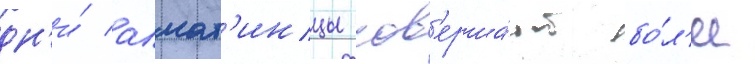
дн'и́ алмат'инцы сов'ерша́ют бо́л'ее